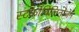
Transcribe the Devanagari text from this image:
स्‍टर्कोबिलिनोजेन